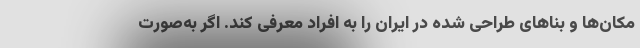
مکان‌ها و بناهای طراحی شده در ایران را به افراد معرفی کند. اگر به‌صورت